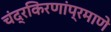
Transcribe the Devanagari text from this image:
चंद्रकिरणांप्रमाणे